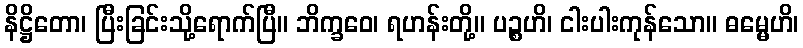
နိဋ္ဌိတော၊ ပြီးခြင်းသို့ရောက်ပြီ။ ဘိက္ခဝေ၊ ရဟန်းတို့။ ပဉ္စဟိ၊ ငါးပါးကုန်သော။ ဓမ္မေဟိ၊